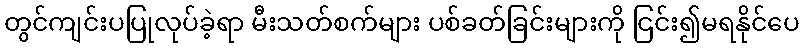
တွင်ကျင်းပပြုလုပ်ခဲ့ရာ မီးသတ်စက်များ ပစ်ခတ်ခြင်းများကို ငြင်း၍မရနိုင်ပေ